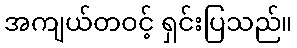
အကျယ်တဝင့် ရှင်းပြသည်။